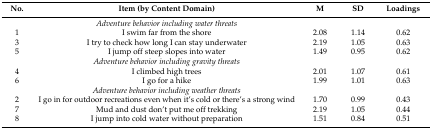
| No. | Item (by Content Domain) | M | SD | Loadings |
 | --- | --- | --- | --- | --- |
 |  | Adventure behavior including water threats |  |  |  |
 | 1 | I swim far from the shore | 2.08 | 1.14 | 0.62 |
 | 3 | I try to check how long I can stay underwater | 2.19 | 1.05 | 0.63 |
 | 5 | I jump off steep slopes into water | 1.49 | 0.95 | 0.62 |
 |  | Adventure behavior including gravity threats |  |  |  |
 | 4 | I climbed high trees | 2.01 | 1.07 | 0.61 |
 | 6 | I go for a hike | 1.99 | 1.01 | 0.63 |
 |  | Adventure behavior including weather threats |  |  |  |
 | 2 | I go in for outdoor recreations even when it’s cold or there’s a strong wind | 1.70 | 0.99 | 0.43 |
 | 7 | Mud and dust don’t put me off trekking | 2.19 | 1.05 | 0.44 |
 | 8 | I jump into cold water without preparation | 1.51 | 0.84 | 0.51 |